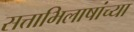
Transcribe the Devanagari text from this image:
सत्ताभिलाषांच्या